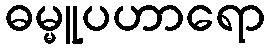
ဓမ္မူပဟာရော